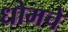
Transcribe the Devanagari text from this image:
धोमचे